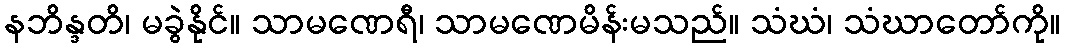
နဘိန္ဒတိ၊ မခွဲနိုင်။ သာမဏေရီ၊ သာမဏေမိန်းမသည်။ သံဃံ၊ သံဃာတော်ကို။